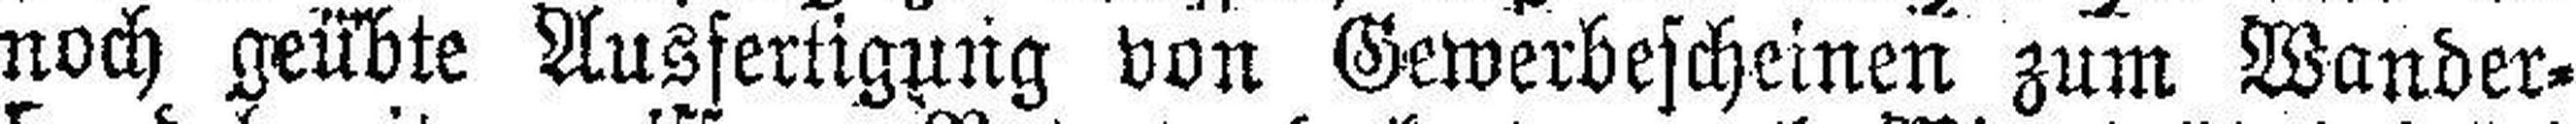
noch geübte Ausfertigung von Gewerbescheinen zum Wander¬